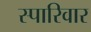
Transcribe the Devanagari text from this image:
स्पारिवार